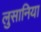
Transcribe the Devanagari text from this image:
लुसानिया